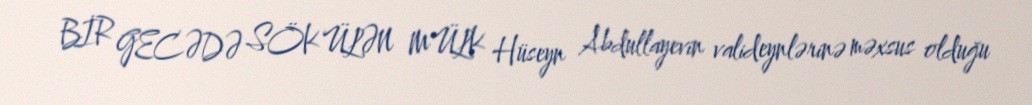
BİR GECƏDƏ SÖKÜLƏN MÜLK Hüseyn Abdullayevin valideynlərinə məxsus olduğu